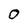
Character: O